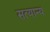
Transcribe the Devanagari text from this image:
सत्यान्य